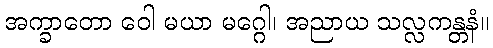
အက္ခာတော ဝေါ မယာ မဂ္ဂေါ၊ အညာယ သလ္လကန္တနံ။